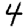
Digit: 4